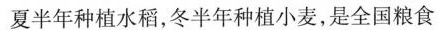
夏半年种植水稻，冬半年种植小麦，是全国粮食